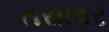
તસાવર